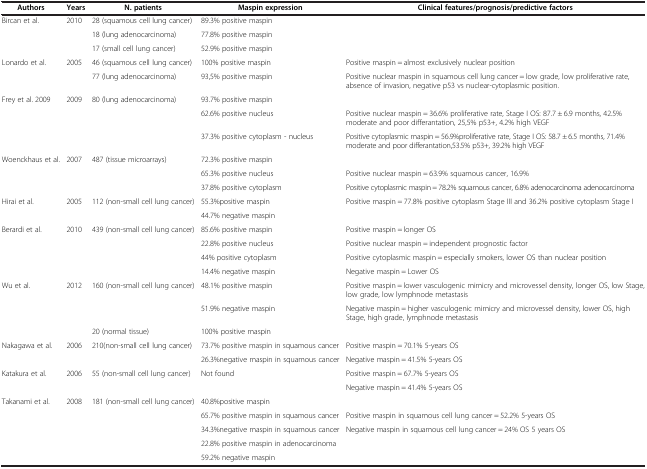
<table><thead><tr><td><b>Authors</b></td><td><b>Years</b></td><td><b>N. patients</b></td><td><b>Maspin expression</b></td><td><b>Clinical features/prognosis/predictive factors</b></td></tr></thead><tbody><tr><td>Bircan et al.</td><td>2010</td><td>28 (squamous cell lung cancer)</td><td>89.3% positive maspin</td><td> </td></tr><tr><td> </td><td> </td><td>18 (lung adenocarcinoma)</td><td>77.8% positive maspin</td><td> </td></tr><tr><td> </td><td> </td><td>17 (small cell lung cancer)</td><td>52.9% positive maspin</td><td> </td></tr><tr><td>Lonardo et al.</td><td>2005</td><td>46 (squamous cell lung cancer)</td><td>100% positive maspin</td><td>Positive maspin = almost exclusively nuclear position</td></tr><tr><td> </td><td> </td><td>77 (lung adenocarcinoma)</td><td>93,5% positive maspin</td><td>Positive nuclear maspin in squamous cell lung cancer = low grade, low proliferative rate, absence of invasion, negative p53 vs nuclear-cytoplasmic position.</td></tr><tr><td>Frey et al. 2009</td><td>2009</td><td>80 (lung adenocarcinoma)</td><td>93.7% positive maspin</td><td> </td></tr><tr><td> </td><td> </td><td> </td><td>62.6% positive nucleus</td><td>Positive nuclear maspin = 36.6% proliferative rate, Stage I OS: 87.7 ± 6.9 months, 42.5% moderate and poor differantation, 25,5% p53+, 4.2% high VEGF</td></tr><tr><td> </td><td> </td><td> </td><td>37.3% positive cytoplasm - nucleus</td><td>Positive cytoplasmic maspin = 56.9%proliferative rate, Stage I OS: 58.7 ± 6.5 months, 71.4% moderate and poor differantation,53.5% p53+, 39.2% high VEGF</td></tr><tr><td>Woenckhaus et al.</td><td>2007</td><td>487 (tissue microarrays)</td><td>72.3% positive maspin</td><td> </td></tr><tr><td> </td><td> </td><td> </td><td>65.3% positive nucleus</td><td>Positive nuclear maspin = 63.9% squamous cancer, 16.9%</td></tr><tr><td> </td><td> </td><td> </td><td>37.8% positive cytoplasm</td><td>Positive cytoplasmic maspin = 78.2% squamous cancer, 6.8% adenocarcinoma adenocarcinoma</td></tr><tr><td>Hirai et al.</td><td>2005</td><td>112 (non-small cell lung cancer)</td><td>55.3%positive maspin</td><td>Positive maspin = 77.8% positive cytoplasm Stage III and 36.2% positive cytoplasm Stage I</td></tr><tr><td> </td><td> </td><td> </td><td>44.7% negative maspin</td><td> </td></tr><tr><td>Berardi et al.</td><td>2010</td><td>439 (non-small cell lung cancer)</td><td>85.6% positive maspin</td><td>Positive maspin = longer OS</td></tr><tr><td> </td><td> </td><td> </td><td>22.8% positive nucleus</td><td>Positive nuclear maspin = independent prognostic factor</td></tr><tr><td> </td><td> </td><td> </td><td>44% positive cytoplasm</td><td>Positive cytoplasmic maspin = especially smokers, lower OS than nuclear position</td></tr><tr><td> </td><td> </td><td> </td><td>14.4% negative maspin</td><td>Negative maspin = Lower OS</td></tr><tr><td>Wu et al.</td><td>2012</td><td>160 (non-small cell lung cancer)</td><td>48.1% positive maspin</td><td>Positive maspin = lower vasculogenic mimicry and microvessel density, longer OS, low Stage, low grade, low lymphnode metastasis</td></tr><tr><td> </td><td> </td><td> </td><td>51.9% negative maspin</td><td>Negative maspin = higher vasculogenic mimicry and microvessel density, lower OS, high Stage, high grade, lymphnode metastasis</td></tr><tr><td> </td><td> </td><td>20 (normal tissue)</td><td>100% positive maspin</td><td> </td></tr><tr><td>Nakagawa et al.</td><td>2006</td><td>210(non-small cell lung cancer)</td><td>73.7% positive maspin in squamous cancer</td><td>Positive maspin = 70.1% 5-years OS</td></tr><tr><td> </td><td> </td><td> </td><td>26.3%negative maspin in squamous cancer</td><td>Negative maspin = 41.5% 5-years OS</td></tr><tr><td>Katakura et al.</td><td>2006</td><td>55 (non-small cell lung cancer)</td><td>Not found</td><td>Positive maspin = 67.7% 5-years OS</td></tr><tr><td> </td><td> </td><td> </td><td> </td><td>Negative maspin = 41.4% 5-years OS</td></tr><tr><td>Takanami et al.</td><td>2008</td><td>181 (non-small cell lung cancer)</td><td>40.8%positive maspin</td><td> </td></tr><tr><td> </td><td> </td><td> </td><td>65.7% positive maspin in squamous cancer</td><td>Positive maspin in squamous cell lung cancer = 52.2% 5-years OS</td></tr><tr><td> </td><td> </td><td> </td><td>34.3%negative maspin in squamous cancer</td><td>Negative maspin in squamous cell lung cancer = 24% OS 5 years OS</td></tr><tr><td> </td><td> </td><td> </td><td>22.8% positive maspin in adenocarcinoma</td><td> </td></tr><tr><td> </td><td> </td><td> </td><td>59.2% negative maspin</td><td> </td></tr></tbody></table>